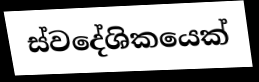
ස්වදේශිකයෙක්